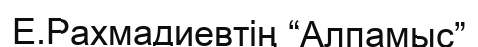
Е.Рахмадиевтің “Алпамыс”